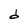
Character: d